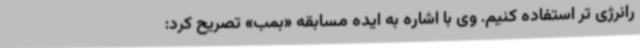
رانرژی تر استفاده کنیم. وی با اشاره به ایده مسابقه «بمب» تصریح کرد: